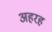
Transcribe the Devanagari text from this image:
अहरह